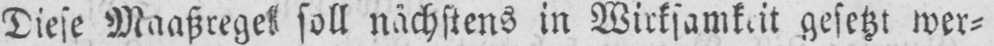
Diese Maaßregel soll nächstens in Wirksamkeit gesetzt wer⸗